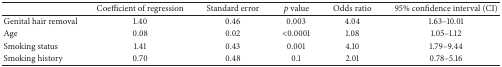
<table><thead><tr><td><b> </b></td><td><b>Coefficient of regression</b></td><td><b>Standard error</b></td><td><b><i>p</i> value</b></td><td><b>Odds ratio</b></td><td><b>95% confidence interval (CI)</b></td></tr></thead><tbody><tr><td>Genital hair removal</td><td>1.40</td><td>0.46</td><td>0.003</td><td>4.04</td><td>1.63–10.01</td></tr><tr><td>Age</td><td>0.08</td><td>0.02</td><td>&lt;0.0001</td><td>1.08</td><td>1.05–1.12</td></tr><tr><td>Smoking status</td><td>1.41</td><td>0.43</td><td>0.001</td><td>4.10</td><td>1.79–9.44</td></tr><tr><td>Smoking history</td><td>0.70</td><td>0.48</td><td>0.1</td><td>2.01</td><td>0.78–5.16</td></tr></tbody></table>